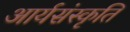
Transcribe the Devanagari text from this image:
आर्यसंस्कृति